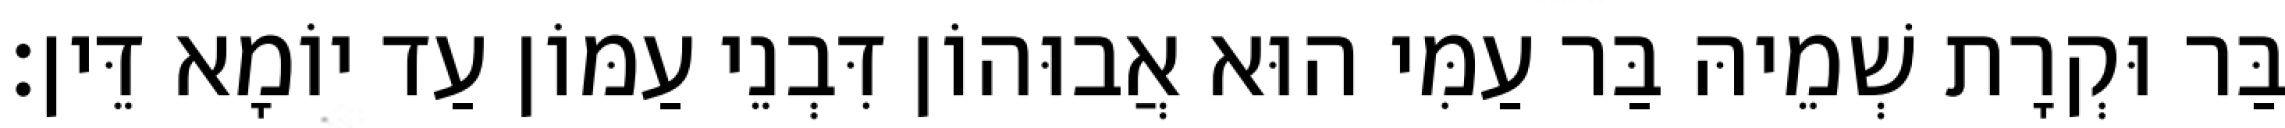
בַּר וּקְרָת שְׁמֵיהּ בַּר עַמִּי הוּא אֲבוּהוֹן דִּבְנֵי עַמּוֹן עַד יוֹמָא דֵּין׃